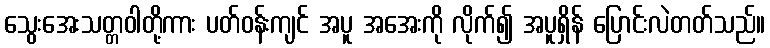
သွေးအေးသတ္တဝါတို့ကား ပတ်ဝန်းကျင် အပူ အအေးကို လိုက်၍ အပူရှိန် ပြောင်းလဲတတ်သည်။